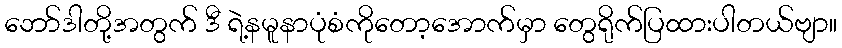
ဘော်ဒါတို့အတွက် ဒီ ရဲ့နမူနာပုံစံကိုတော့အောက်မှာ တွေရိုက်ပြထားပါတယ်ဗျာ။